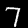
Digit: 7